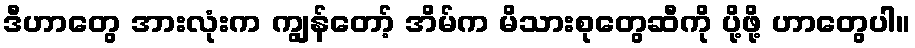
ဒီဟာတွေ အားလုံးက ကျွန်တော့် အိမ်က မိသားစုတွေဆီကို ပို့ဖို့ ဟာတွေပါ။